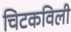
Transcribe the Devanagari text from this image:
चिटकविली